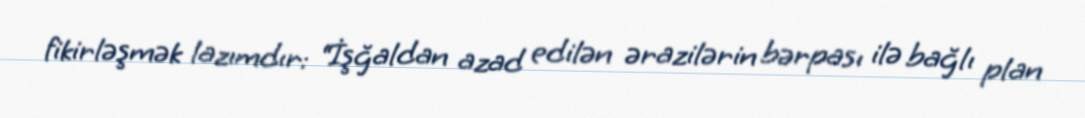
fikirləşmək lazımdır: “İşğaldan azad edilən ərazilərin bərpası ilə bağlı plan